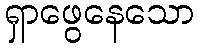
ရှာဖွေနေသော